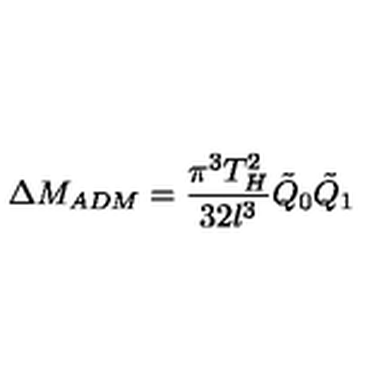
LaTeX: \Delta M _ { A D M } = \frac { \pi ^ { 3 } T _ { H } ^ { 2 } } { 3 2 l ^ { 3 } } \tilde { Q } _ { 0 } \tilde { Q } _ { 1 }